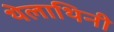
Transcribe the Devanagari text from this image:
थेलाथिनी